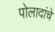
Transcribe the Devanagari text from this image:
पोलादांचे